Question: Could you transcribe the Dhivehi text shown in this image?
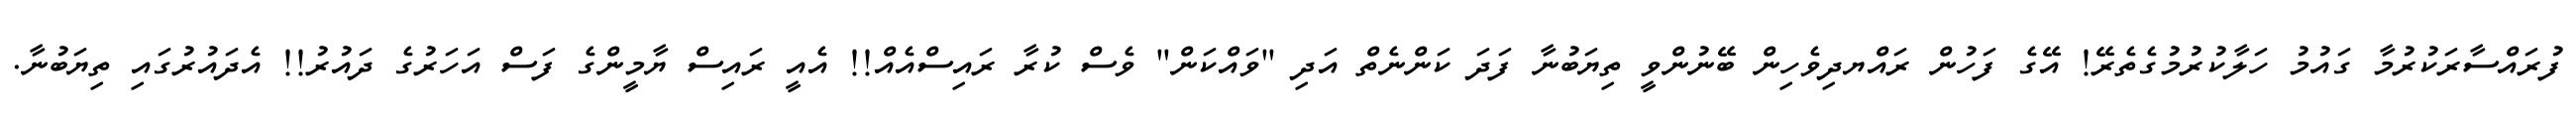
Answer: ފުރައްސާރަކުރުމާ ގައުމު ހަލާކުރުމުގެތެރޭ! އޭގެ ފަހުން ރައްޔދިވެހިން ބޭނުންވީ ތިޔަބުނާ ފަދަ ކަންނެތް އަދި "ވައްކަން" ވެސް ކުރާ ރައިސްއެއް!! އެއީ ރައިސް ޔާމީންގެ ފަސް އަހަރުގެ ދައުރު!! އެދައުރުގައި ތިޔަބުނާ.